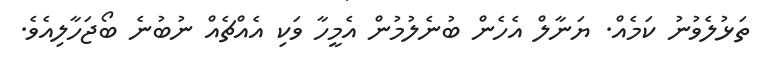
ތަޅުލެވުނު ކަމެއް. ޔަނާލް އެހެން ބުނެލުމުން އެމީހާ ވަކި އެއްޗެއް ނުބުނެ ބޯޖަހާލިއެވެ.